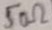
Text: 50Ω